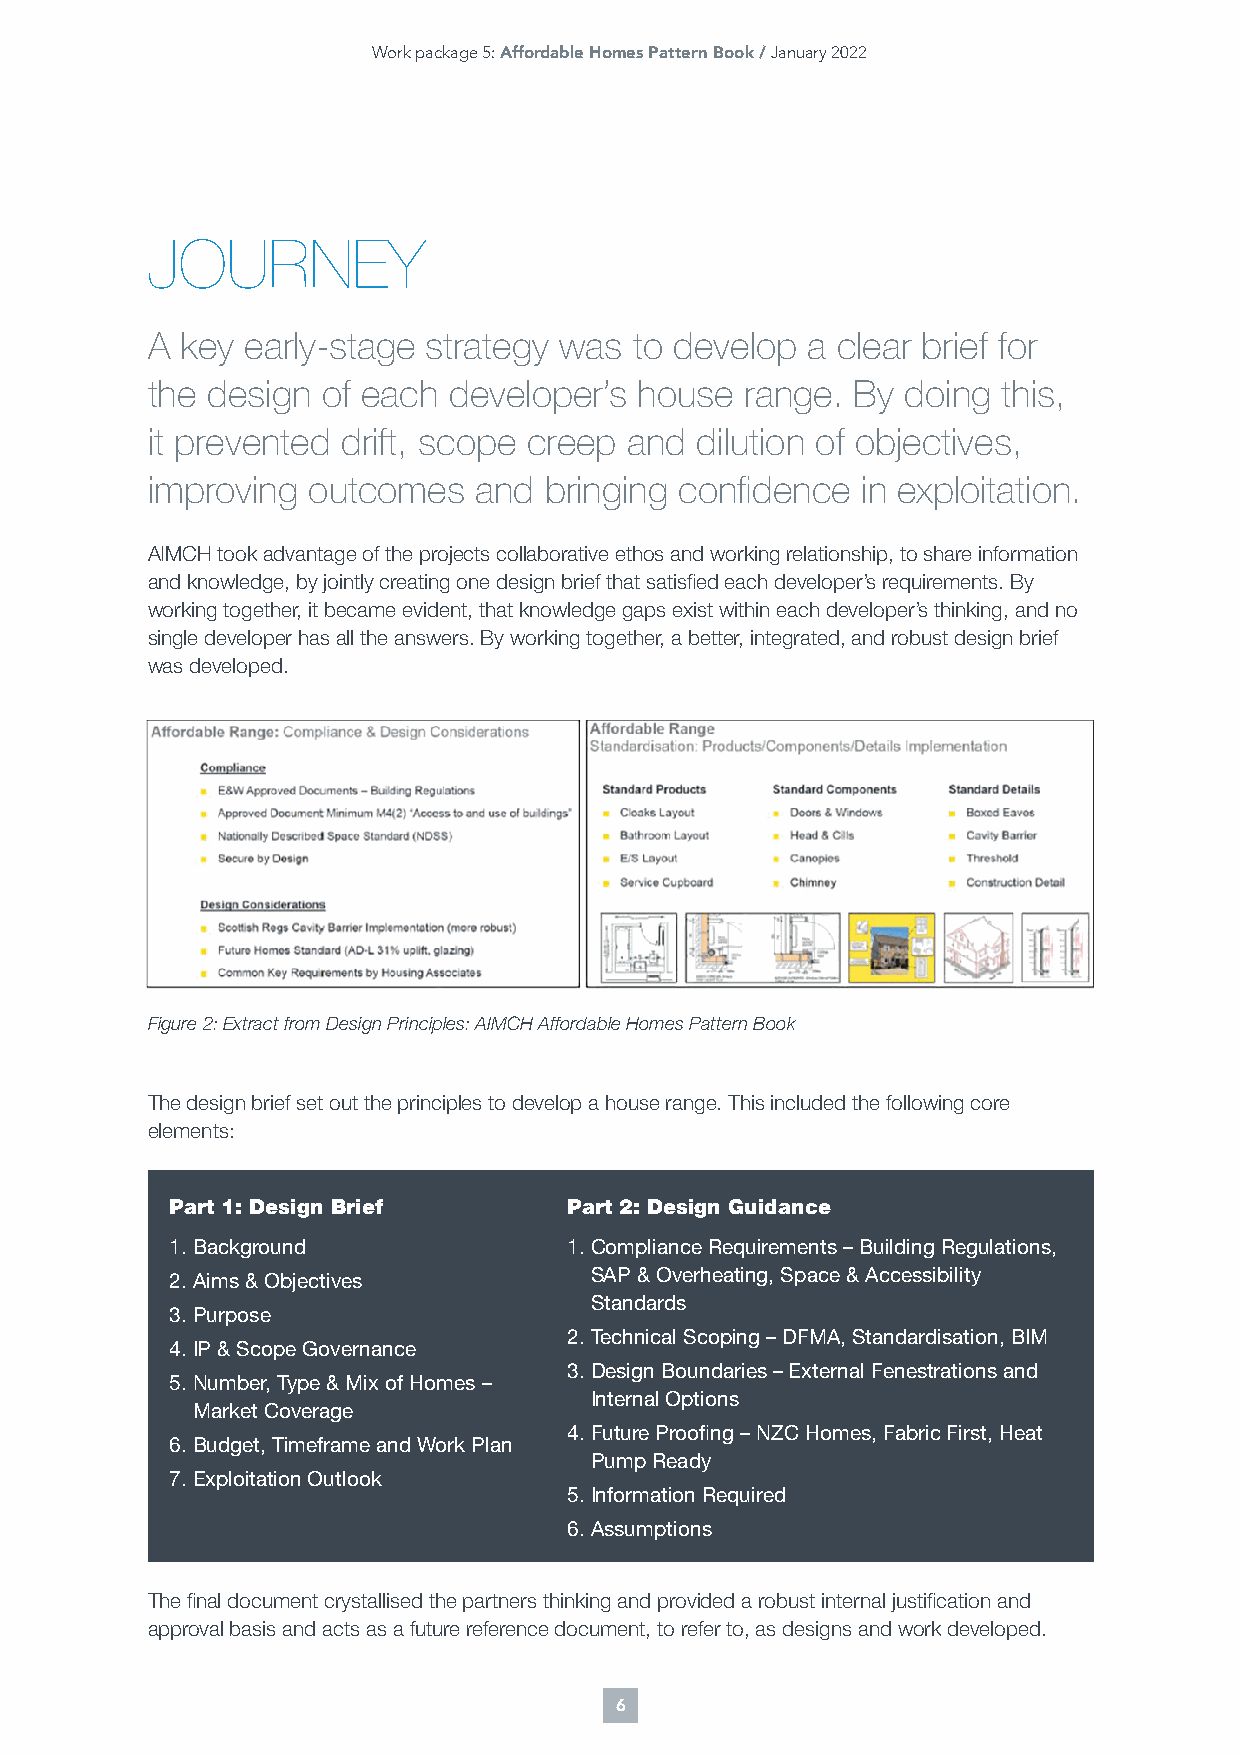
Work package 5: Affordable Homes Pattern Book / January 2022
 JOURNEY
 A key early-stage strategy was  to develop a clear brief for
 the design of each  developer’s house  range. By  doing this,
 it prevented drift, scope creep and dilution of objectives,
 improving outcomes   and  bringing confidence  in exploitation.
 AIMCH took advantage of the projects collaborative ethos and working relationship, to share information
 and knowledge, by jointly creating one design brief that satisfied each developer’s requirements. By
 working together, it became evident, that knowledge gaps exist within each developer’s thinking, and no
 single developer has all the answers. By working together, a better, integrated, and robust design brief
 was developed.
 Figure 2: Extract from Design Principles: AIMCH Affordable Homes Pattern Book
 The design brief set out the principles to develop a house range. This included the following core
 elements:
 Part 1: Design Brief       Part 2: Design Guidance
 1. Background              1. Compliance Requirements – Building Regulations,
 2. Aims & Objectives        SAP & Overheating, Space & Accessibility
 Standards
 3. Purpose
 2. Technical Scoping – DFMA, Standardisation, BIM
 4. IP & Scope Governance
 3. Design Boundaries – External Fenestrations and
 5. Number, Type & Mix of Homes –
 Internal Options
 Market Coverage
 4. Future Proofing – NZC Homes, Fabric First, Heat
 6. Budget, Timeframe and Work Plan
 Pump Ready
 7. Exploitation Outlook
 5. Information Required
 6. Assumptions
 The final document crystallised the partners thinking and provided a robust internal justification and
 approval basis and acts as a future reference document, to refer to, as designs and work developed.
 6